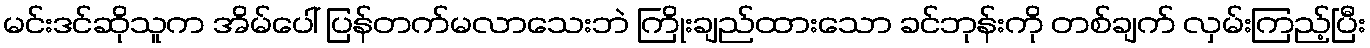
မင်းဒင်ဆိုသူက အိမ်ပေါ် ပြန်တက်မလာသေးဘဲ ကြိုးချည်ထားသော ခင်ဘုန်းကို တစ်ချက် လှမ်းကြည့်ပြီး